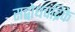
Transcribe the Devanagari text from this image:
सद्बोधचंद्रिके